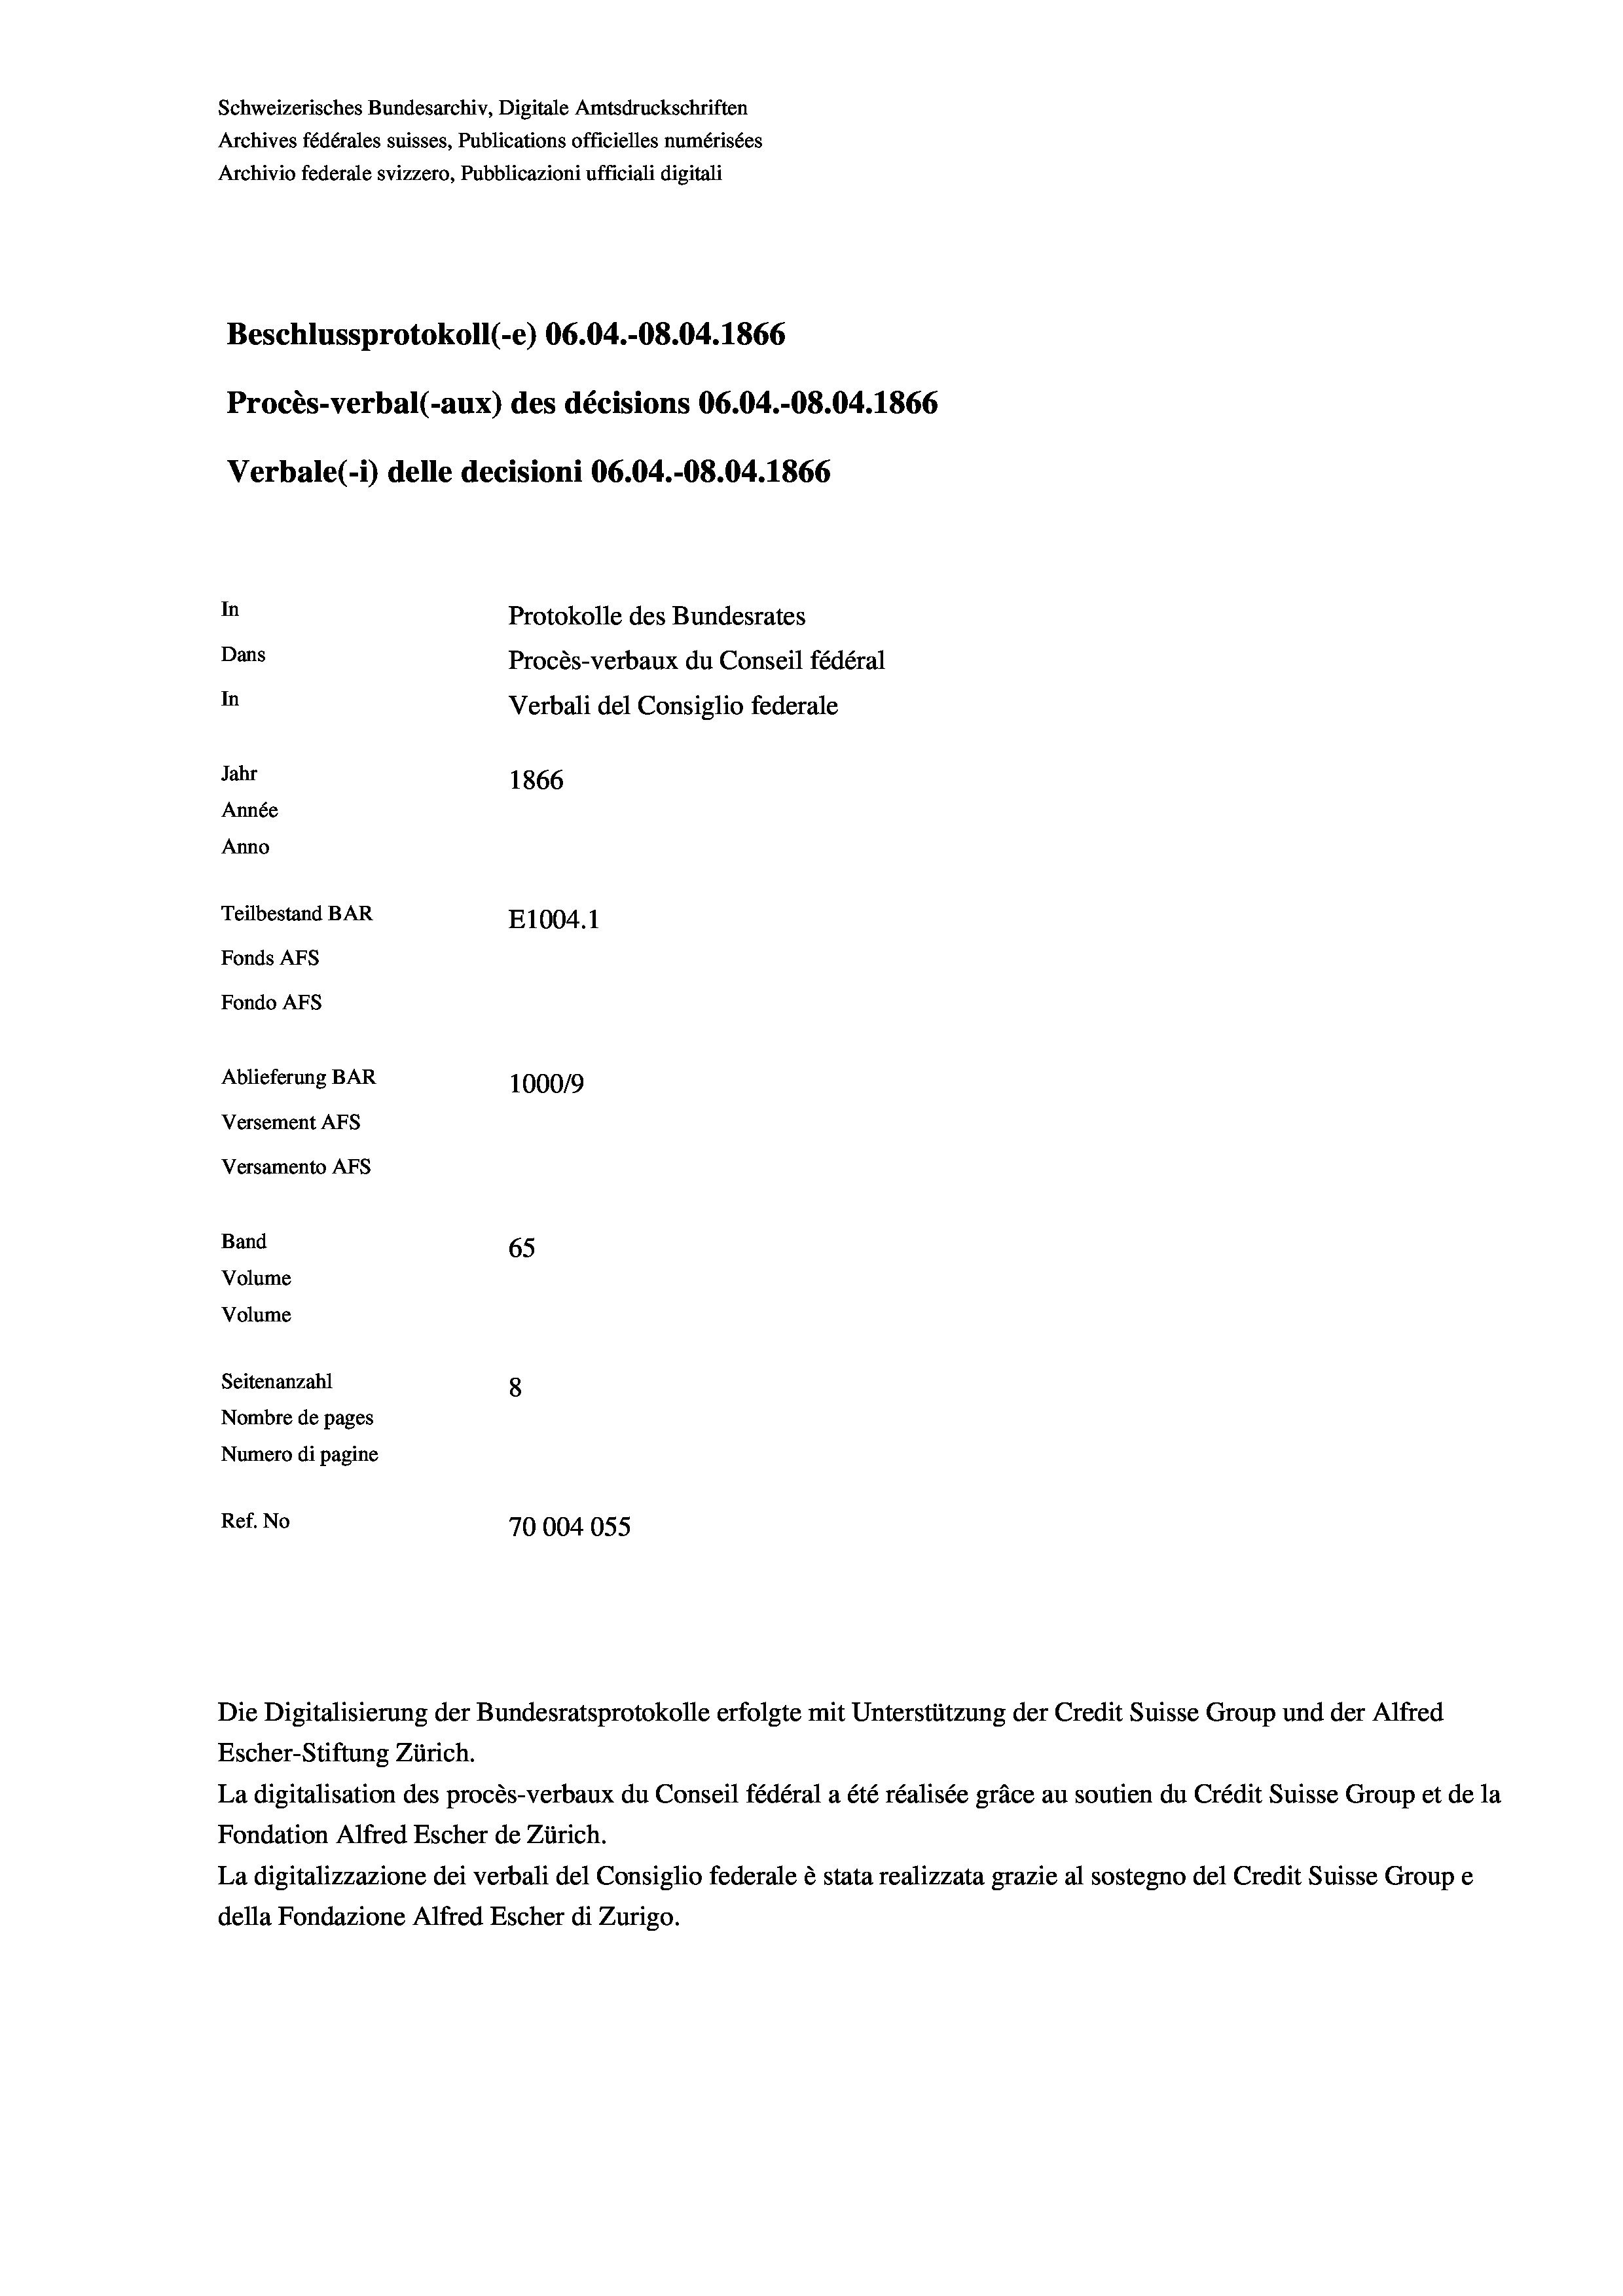
Schweizerisches Bundesarchiv, Digitale Amtsdruckschriften
Archives fédérales suisses, Publications officielles numérisées
Archivio federale svizzero, Pubblicazioni ufficiali digitali
Beschlussprotokoll (-e) 06.04.-O8.04. 1866
Procès-verbal (-aux) des décisions 06.04.-08.04. 1866
Verbale (i) delle decisioni 06.04.-O8.04. 1866
In
Protokolle des Bundesrates
Dans
Procès-verbaux du Conseil fédéral
In
Verbali del Consiglio federale
Jahr
1866
Année
Anno
Teilbestand BAR
E1004.1
Fonds AFs
Fondo Afs
Ablieferung BAR
100019
Versement AFs
Versamento Afs
Band
65
Volume
Volume
Seitenanzahl
8
Nombre de pages
Numero di pagine
Ref. No
70004055

Escher-Stiftung Zürich.
La digitalisation des procès-verbaux du Conseil fédéral a été réalisée gräce au soutien du Crédit Suisse Group et de la
Fondation Alfred Escher de Zürich.
La digitalizzazione dei verbali del Consiglio federale è stata realizzata grazie al sostegno del Credit Suisse Groupe
della Fondazione Alfred Escher di Zurigo.

Die Digitalisierung der Bundesratsprotokolle erfolgte mit Unterstützung der Credit Suisse Group und der Alfred